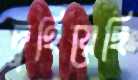
দুহিয়েছি